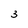
Character: 3